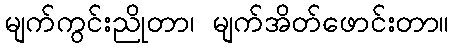
မျက်ကွင်းညိုတာ၊ မျက်အိတ်ဖောင်းတာ။